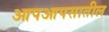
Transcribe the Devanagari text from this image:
आपआपसातील